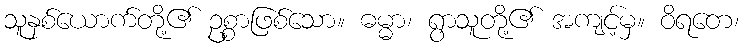
သူနှစ်ယောက်တို့၏ ဥစ္စာဖြစ်သော။ ဓမ္မာ၊ ရွာသူတို့၏ အကျင့်မှ။ ဝိရတေ၊